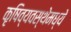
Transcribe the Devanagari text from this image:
कृषिव्यवस्थेमध्ये